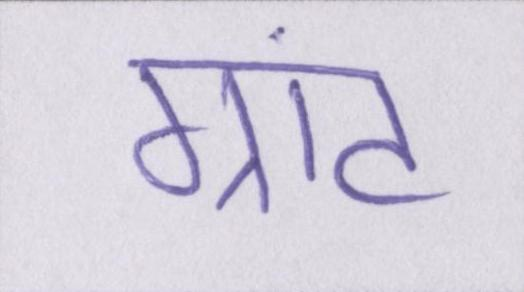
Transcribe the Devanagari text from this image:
ग्रांट